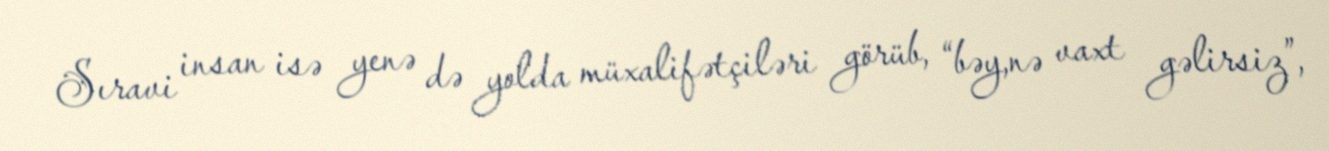
Sıravi insan isə yenə də yolda müxalifətçiləri görüb, “bəy,nə vaxt gəlirsiz”,